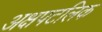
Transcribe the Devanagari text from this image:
अक्षपटलिक